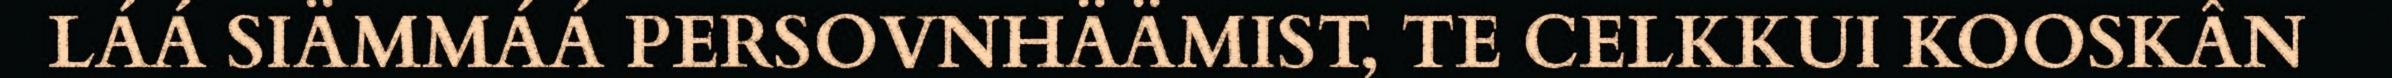
LÁÁ SIÄMMÁÁ PERSOVNHÄÄMIST, TE CELKKUI KOOSKÂN